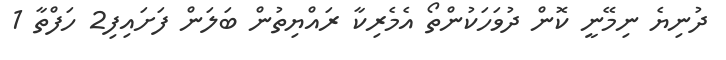
ދުނިޔެ ނިމޭނީ ކޮން ދުވަހަކުންތޯ އެމެރިކާ ރައްޔިތުން ބަލަން ފަށައިފި2 ހަފްތާ 1